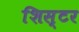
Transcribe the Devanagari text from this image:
शिस्टर